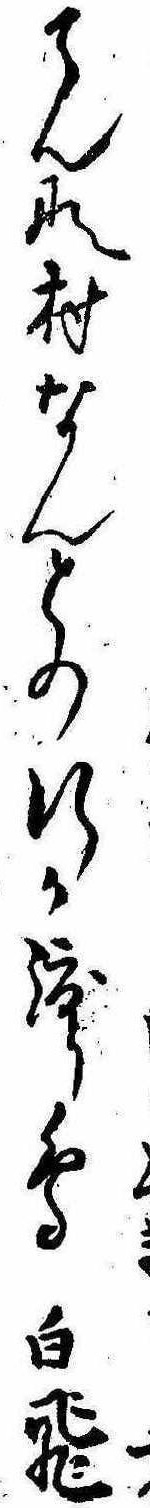
こんな村なんとの行か渡り鳥白飛